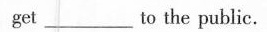
get ___ to the public.